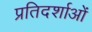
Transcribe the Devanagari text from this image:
प्रतिदर्शाओं